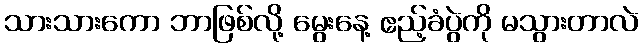
သားသားကော ဘာဖြစ်လို့ မွေးနေ့ ဧည့်ခံပွဲကို မသွားတာလဲ